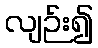
လျဉ်း၍